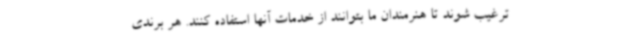
ترغیب شوند تا هنرمندان ما بتوانند از خدمات آنها استفاده کنند. هر برندی